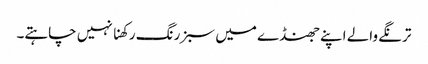
ترنگے والے اپنے جھنڈے میں سبز رنگ رکھنا نہیں چاہتے۔